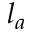
l _ { a }